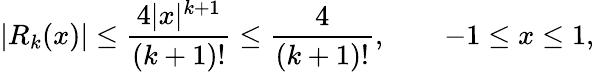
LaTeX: |R_{k}(x)|\leq{\frac{4|x|^{k+1}}{(k+1)!}}\leq{\frac{4}{(k+1)!}},\qquad-1\leq x\leq 1,